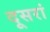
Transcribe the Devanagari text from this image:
दूसरां